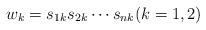
LaTeX: \begin{align*}w_k=s_{1k} s_{2k}\cdots s_{nk}(k=1,2)\end{align*}